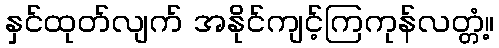
နှင်ထုတ်လျက် အနိုင်ကျင့်ကြကုန်လတ္တံ့။